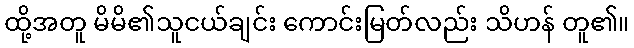
ထို့အတူ မိမိ၏သူငယ်ချင်း ကောင်းမြတ်လည်း သိဟန် တူ၏။